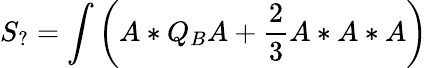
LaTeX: S_{?}=\int\left(A*Q_{B}A+\frac{2}{3}A*A*A\right)